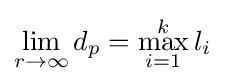
\lim _{r\rightarrow \infty }d_{p}=\max _{i=1}^{k}l_{i}